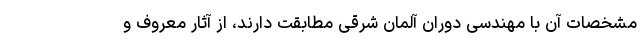
مشخصات آن با مهندسی دوران آلمان شرقی مطابقت دارند، از آثار معروف و